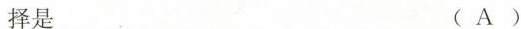
择是 (A)